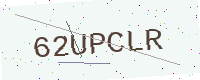
Text: 62UPCLR